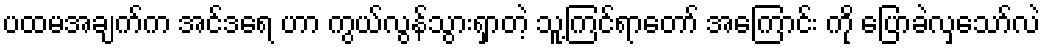
ပထမအချက်က အင်ဒရေ ဟာ ကွယ်လွန်သွားရှာတဲ့ သူ့ကြင်ရာတော် အကြောင်း ကို ပြောခဲလှသော်လဲ